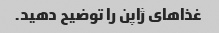
غذاهای ژاپن را توضیح دهید.